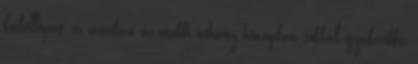
kábellopás, ez azonban az utóbbi néhány hónapban sokkal gyakoribbá